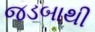
જડબાથી